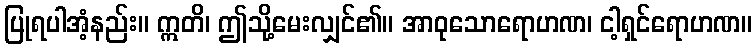
ပြုရပါအံ့နည်း။ ဣတိ၊ ဤသို့မေးလျှင်၏။ အာဝုသောရောဟဏ၊ ငါ့ရှင်ရောဟဏ။